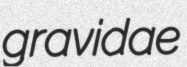
gravidae